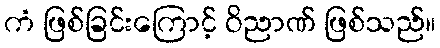
ကံ ဖြစ်ခြင်းကြောင့် ဝိညာဏ် ဖြစ်သည်။